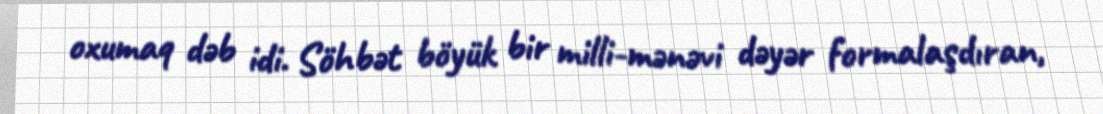
oxumaq dəb idi. Söhbət böyük bir milli-mənəvi dəyər formalaşdıran,